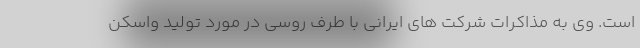
است. وی به مذاکرات شرکت های ایرانی با طرف روسی در مورد تولید واسکن